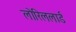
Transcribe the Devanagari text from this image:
लोरिललार्ड